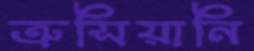
ত্রুসিয়ানি